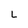
Character: L